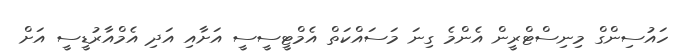
ހައުސިންގް މިނިސްޓްރީން އެންމެ ގިނަ މަސައްކަތް އެމްޓީސީސީ އަށާއި އަދި އެމްއާރުޑީސީ އަށް